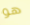
هو